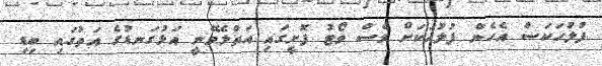
ފުލުހަކަސް އެހެން ފުލުހަކަށް ވެސް ވޯޓު ފޮށީގައި އަތްލެވޭނީ އަޅުގަނޑުގެ އަތުގައި ބިޑި